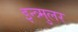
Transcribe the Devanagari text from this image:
इन्त्र्मुलर